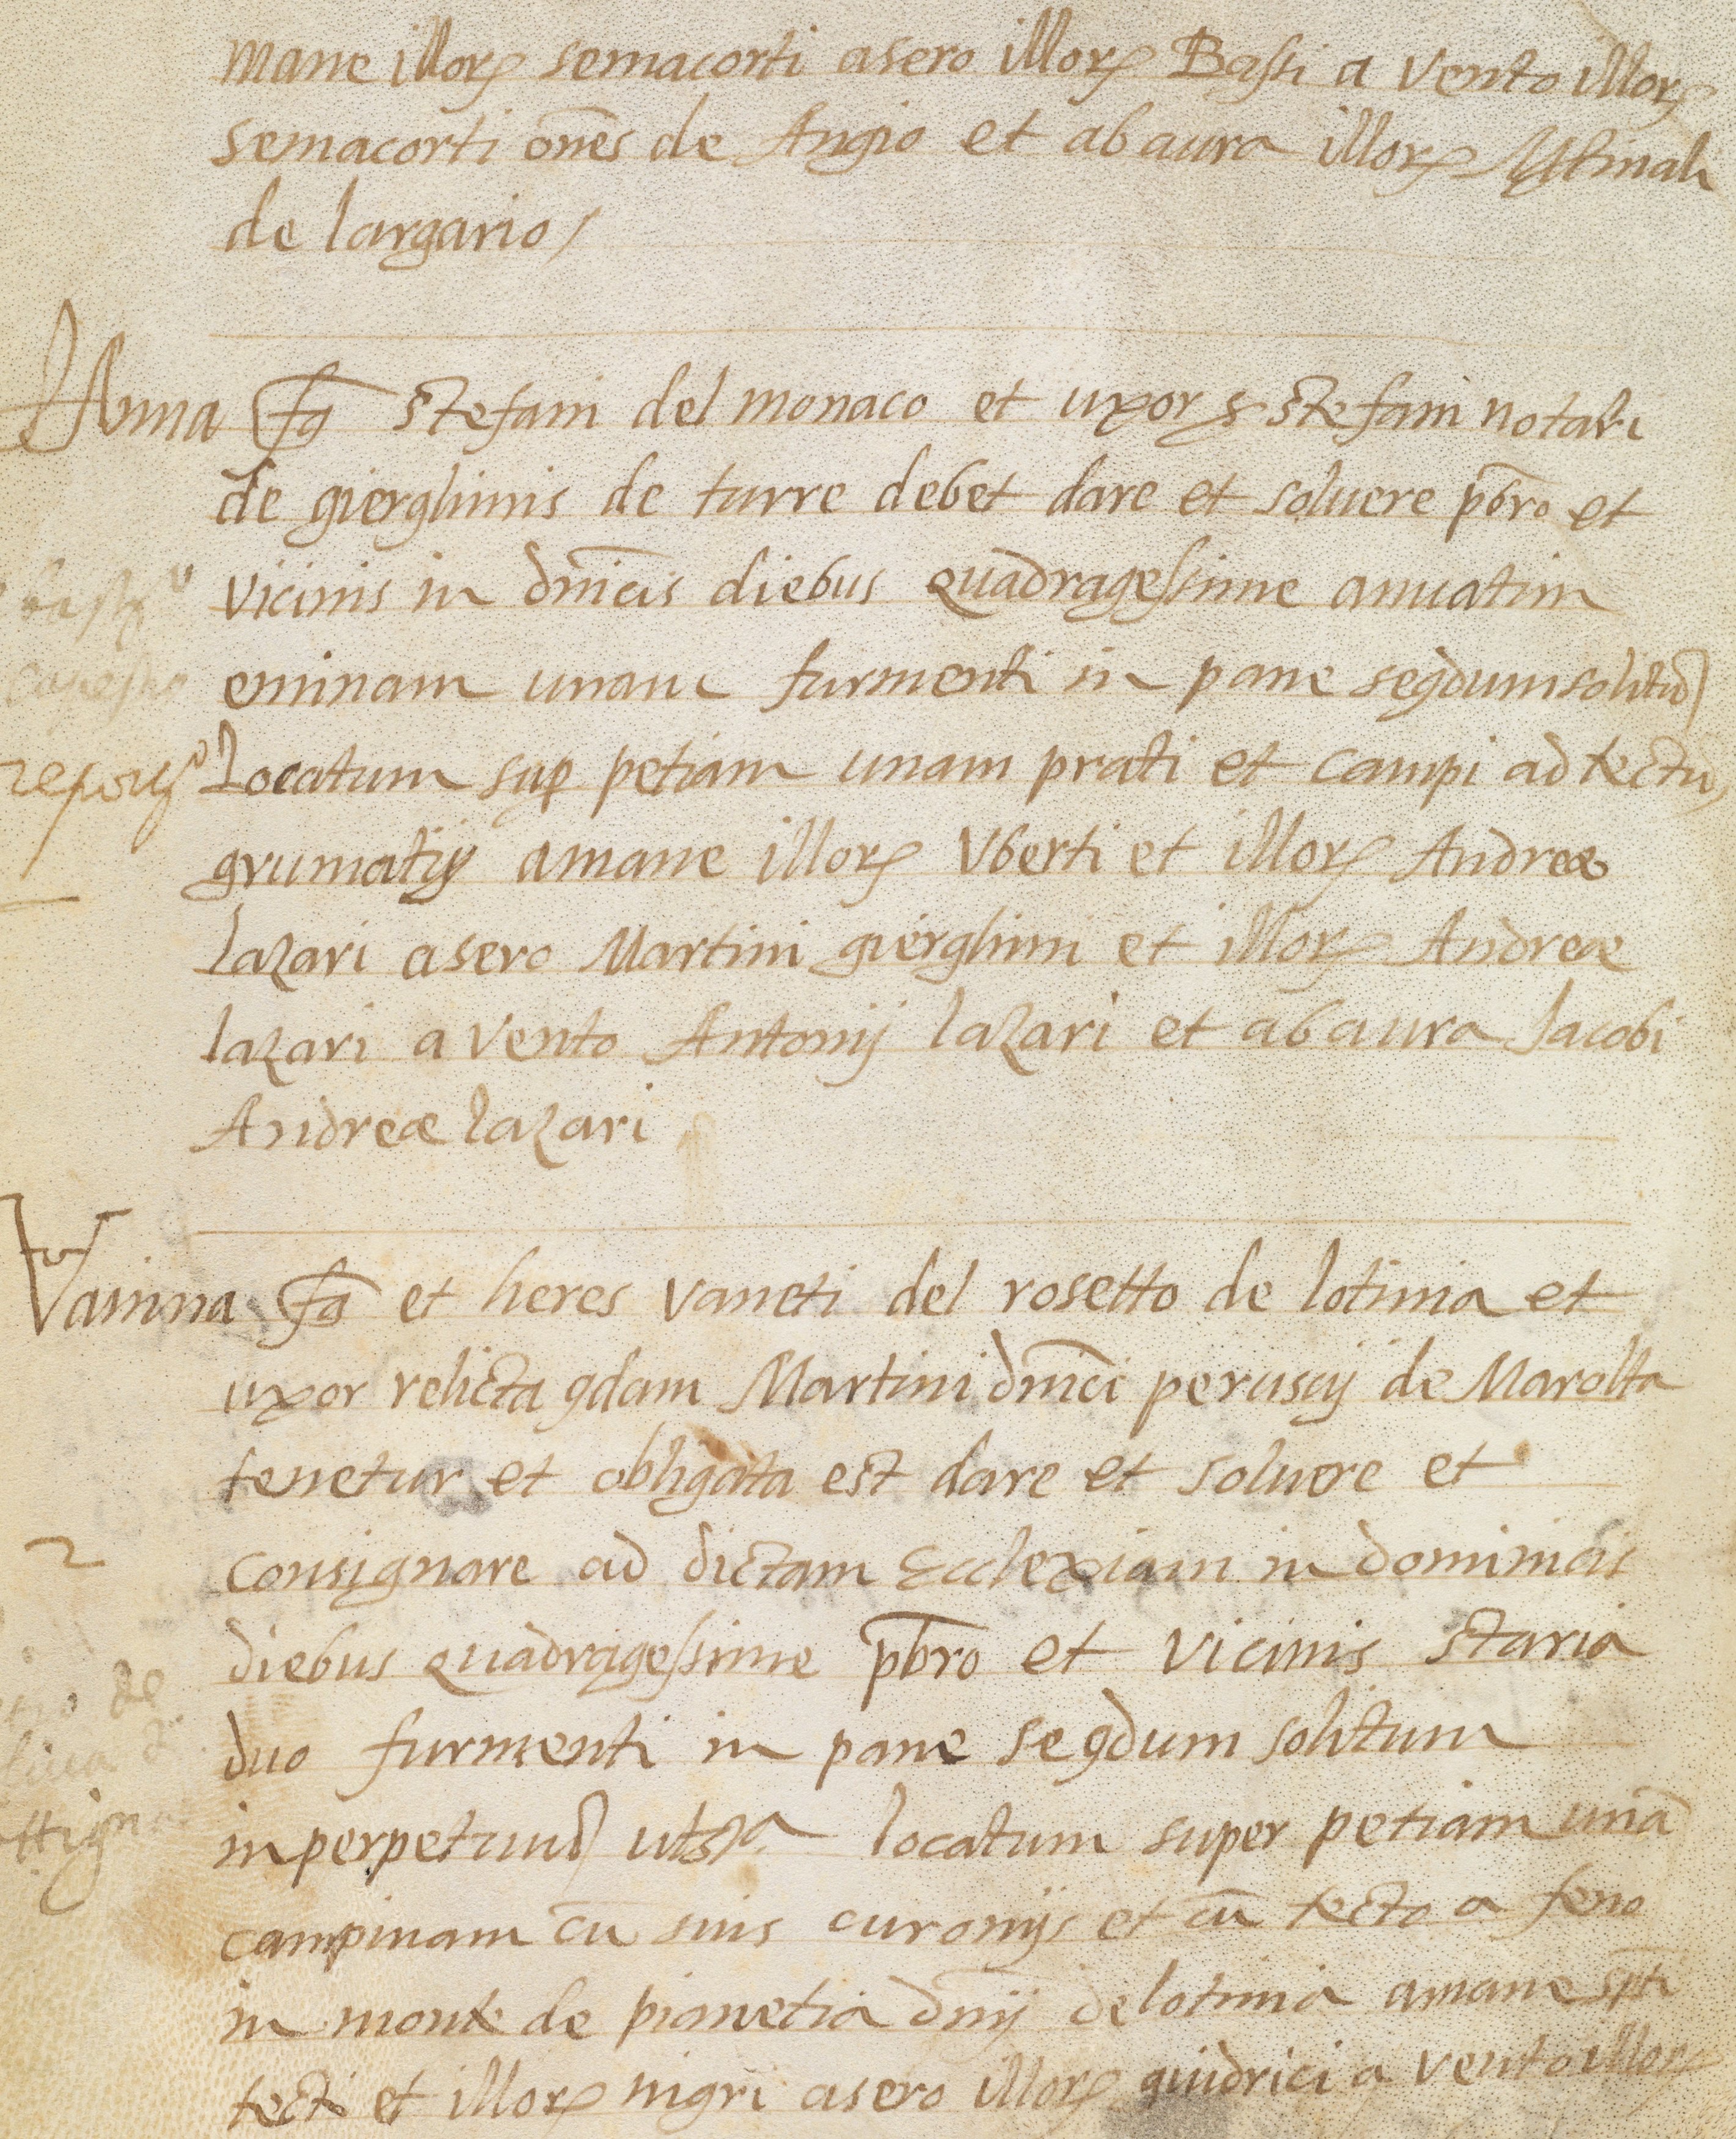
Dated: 1568–1593